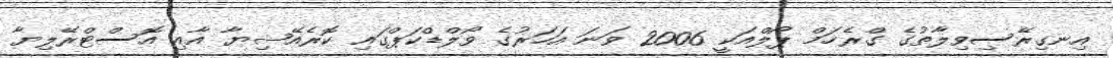
އިނގިރޭސިވިލާތުގެ ގްރެހަމް ޕޯލްއަކީ 2006 ވަނަ އަހަރުގެ ވޯލްޑްކަޕްގައި ކޮރެއޭޝިޔާ އާއި އޮސްޓްރޭލިޔާ